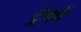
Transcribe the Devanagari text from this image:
ट्रेकों